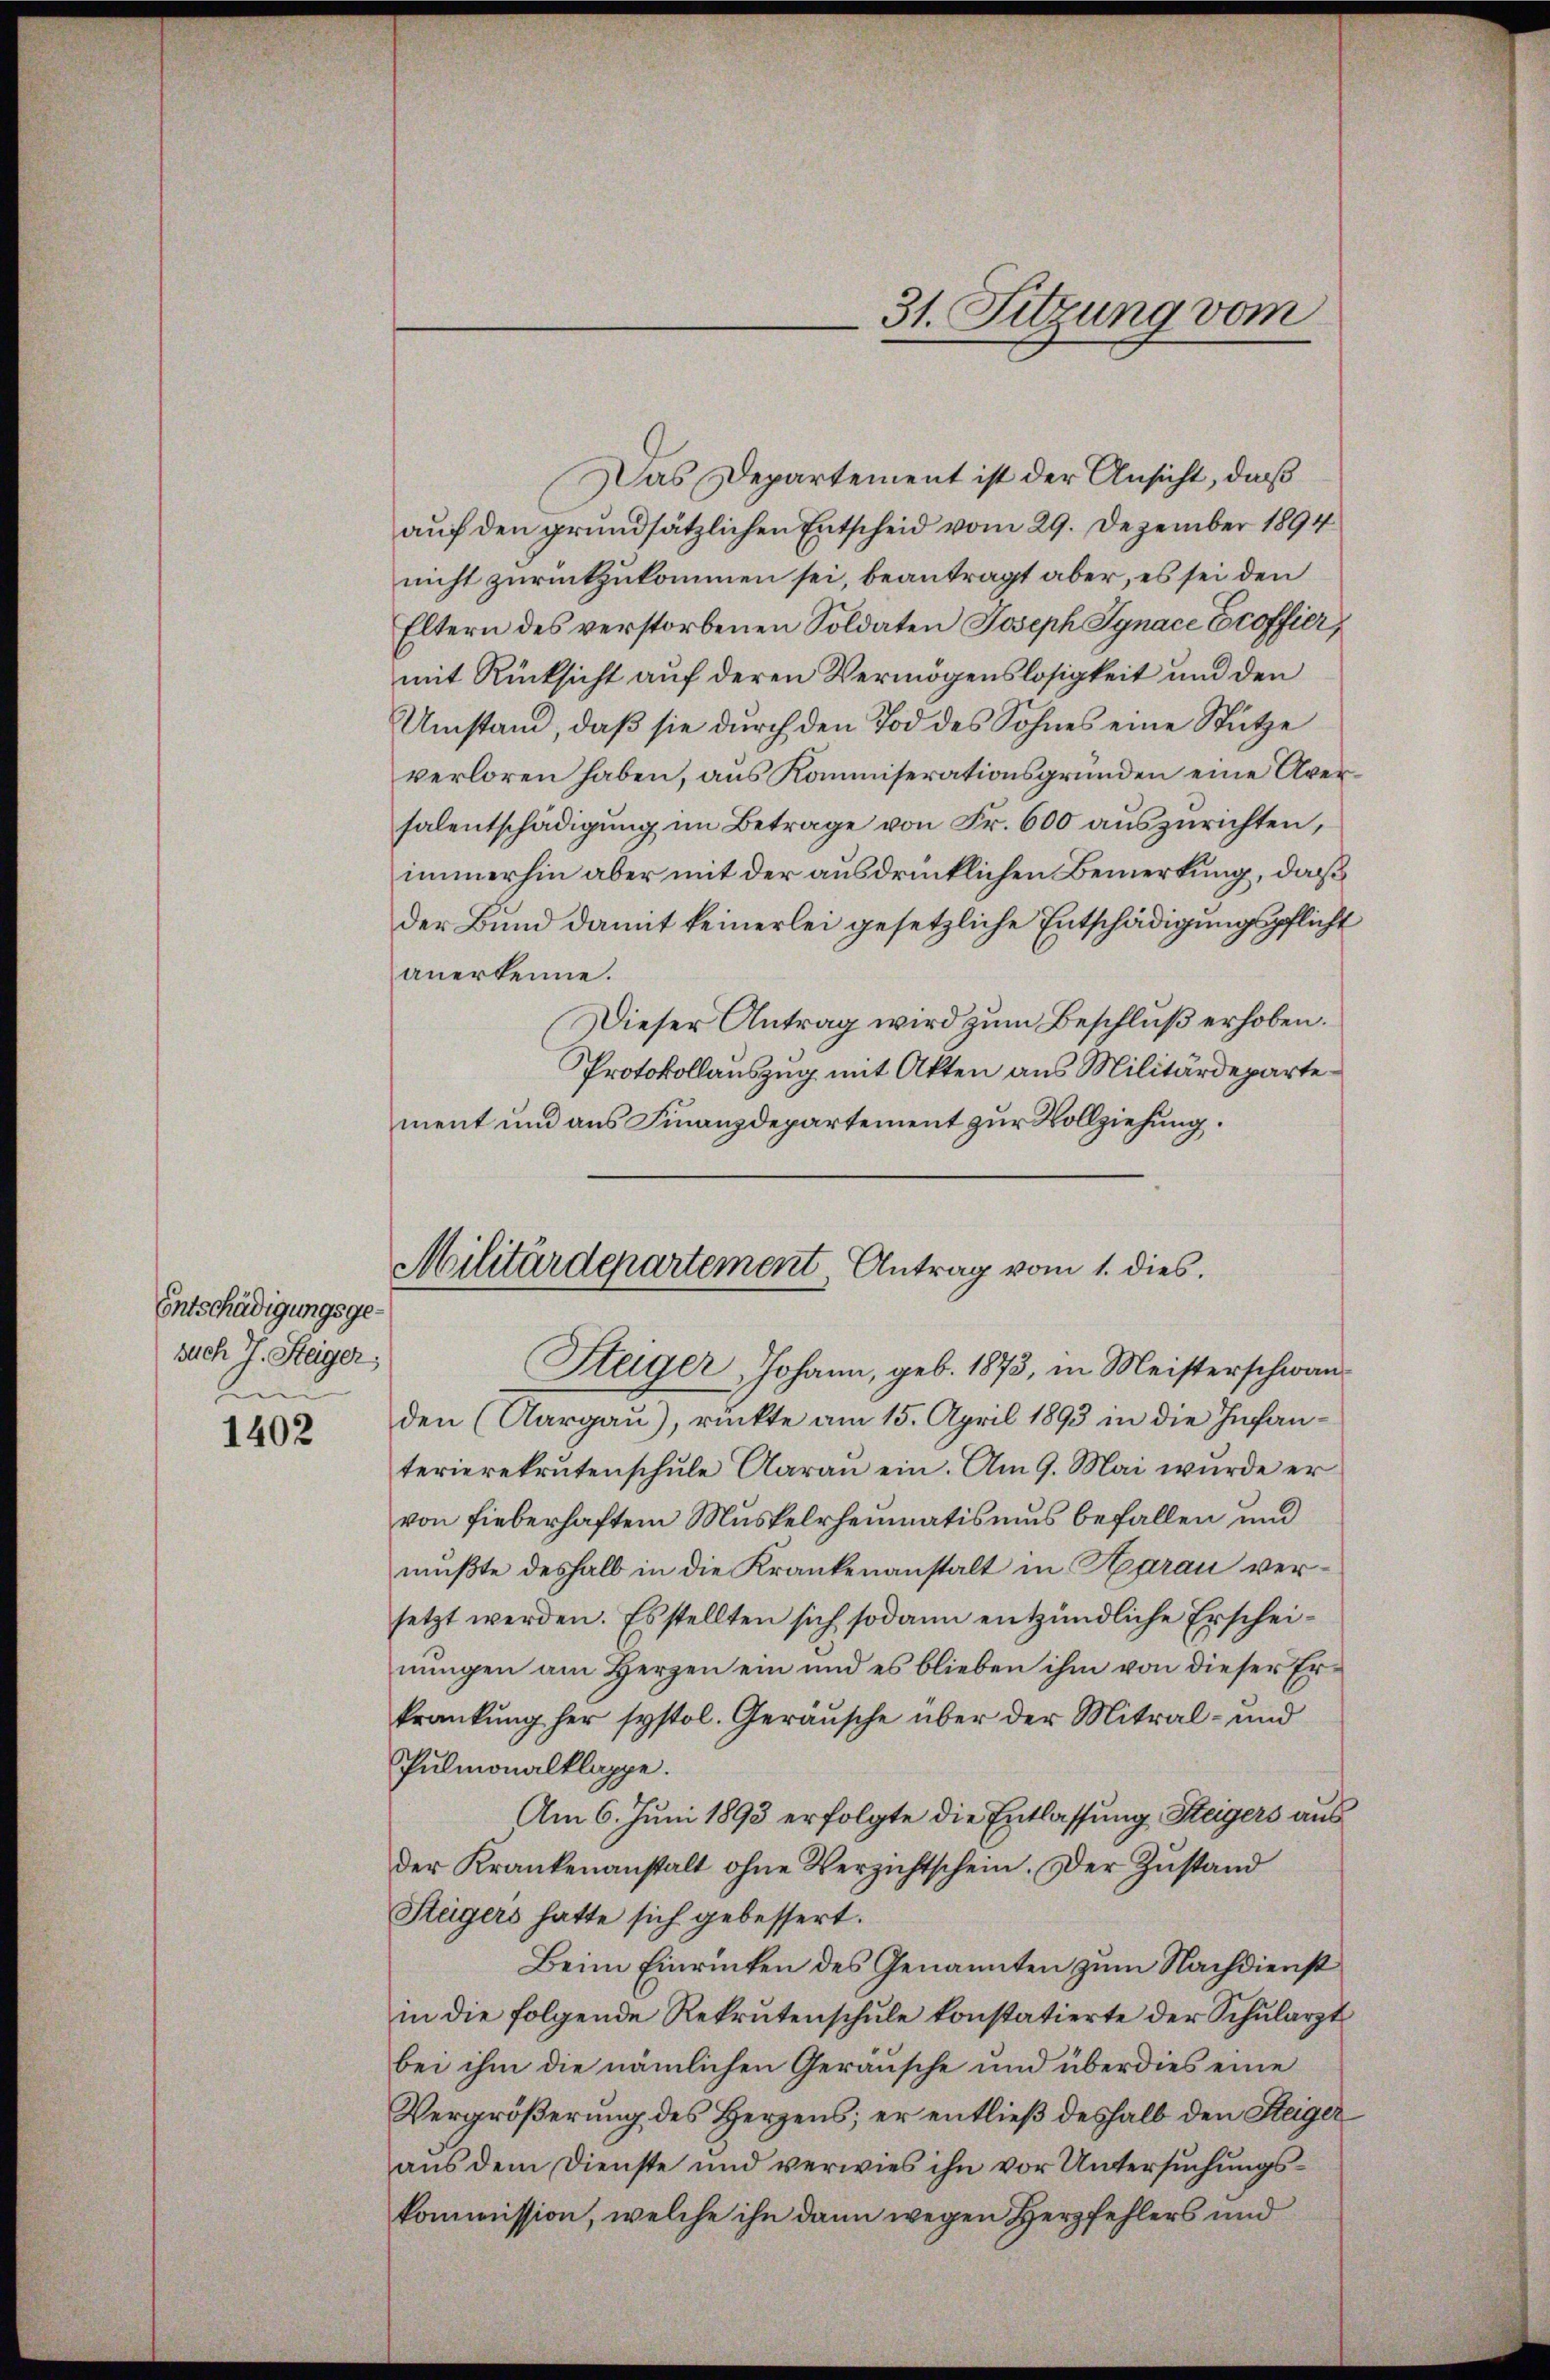
Entschädigungsgesuch 7. Steiger,
1

1402

Militärdepartement, Antrag vom 1. dies

31. Sitzung vom

Das Departement ist der Ansicht, daß
auf den grundsätzlichen Entscheid vom 29. Dezember 1894
nicht zurückzukommen sei, beantragt aber, es sei den
Eltern des verstorbenen Soldaten Joseph Ignace Ecoffier,
mit Rücksicht auf deren Vermögenslosigkeit und den
Umstand, daß sie durch den Tod des Sohnes eine Stütze
verloren haben, aus Kommiserationsgründen eine Aversalentschädigung im Betrage von Fr. 600 auszurichten,
immerhin aber mit der ausdrücklichen Bemerkung, daß
der Bund damit keinerlei gesetzliche Entschädigungspflicht
anerkenne.
Dieser Antrag wird zum Beschluß erhoben.
Protokollauszug mit Akten aus Militärdepartement und aus Finanzdepartement zur Vollziehung.
Steiger Johann, geb. 1873, in Meisterschwanden (Aargau), rückte am 15. April 1893 in die Infanterierekrutenschule darau ein. Am 9. Mai wurde er
von Fieberhaftem Muskelrheimatismus befallen und
mußte deshalb in die Krankenanstalt in Harau versetzt werden. Es stellten sich sodann entzündliche Erscheinŭngen am Herzen ein und es blieben ihm von dieser Erkrankung her systol. Geräusche über der Mitral- und
Pulmonalklappe.
Am 6. Juni 1893 erfolgte die Entlassung Steigers aus
der Krankenanstalt ohne Verzichtschein. Der Zustand
Stägers hatte sich gebessert.
Beim Einrücken des Genannten zum Nachdienst
in die folgende Rekrutenschŭle konstatierte der Schŭlarzt
bei ihm die nämlichen Geräusche und überdies eine
Vergrößerung des Herzens; er entließ deshalb den Steiger
aŭs dem Dienste und verwies ihn vor Untersŭchŭngs-
kommission, welche ihn dann wegen Herzfehlers und